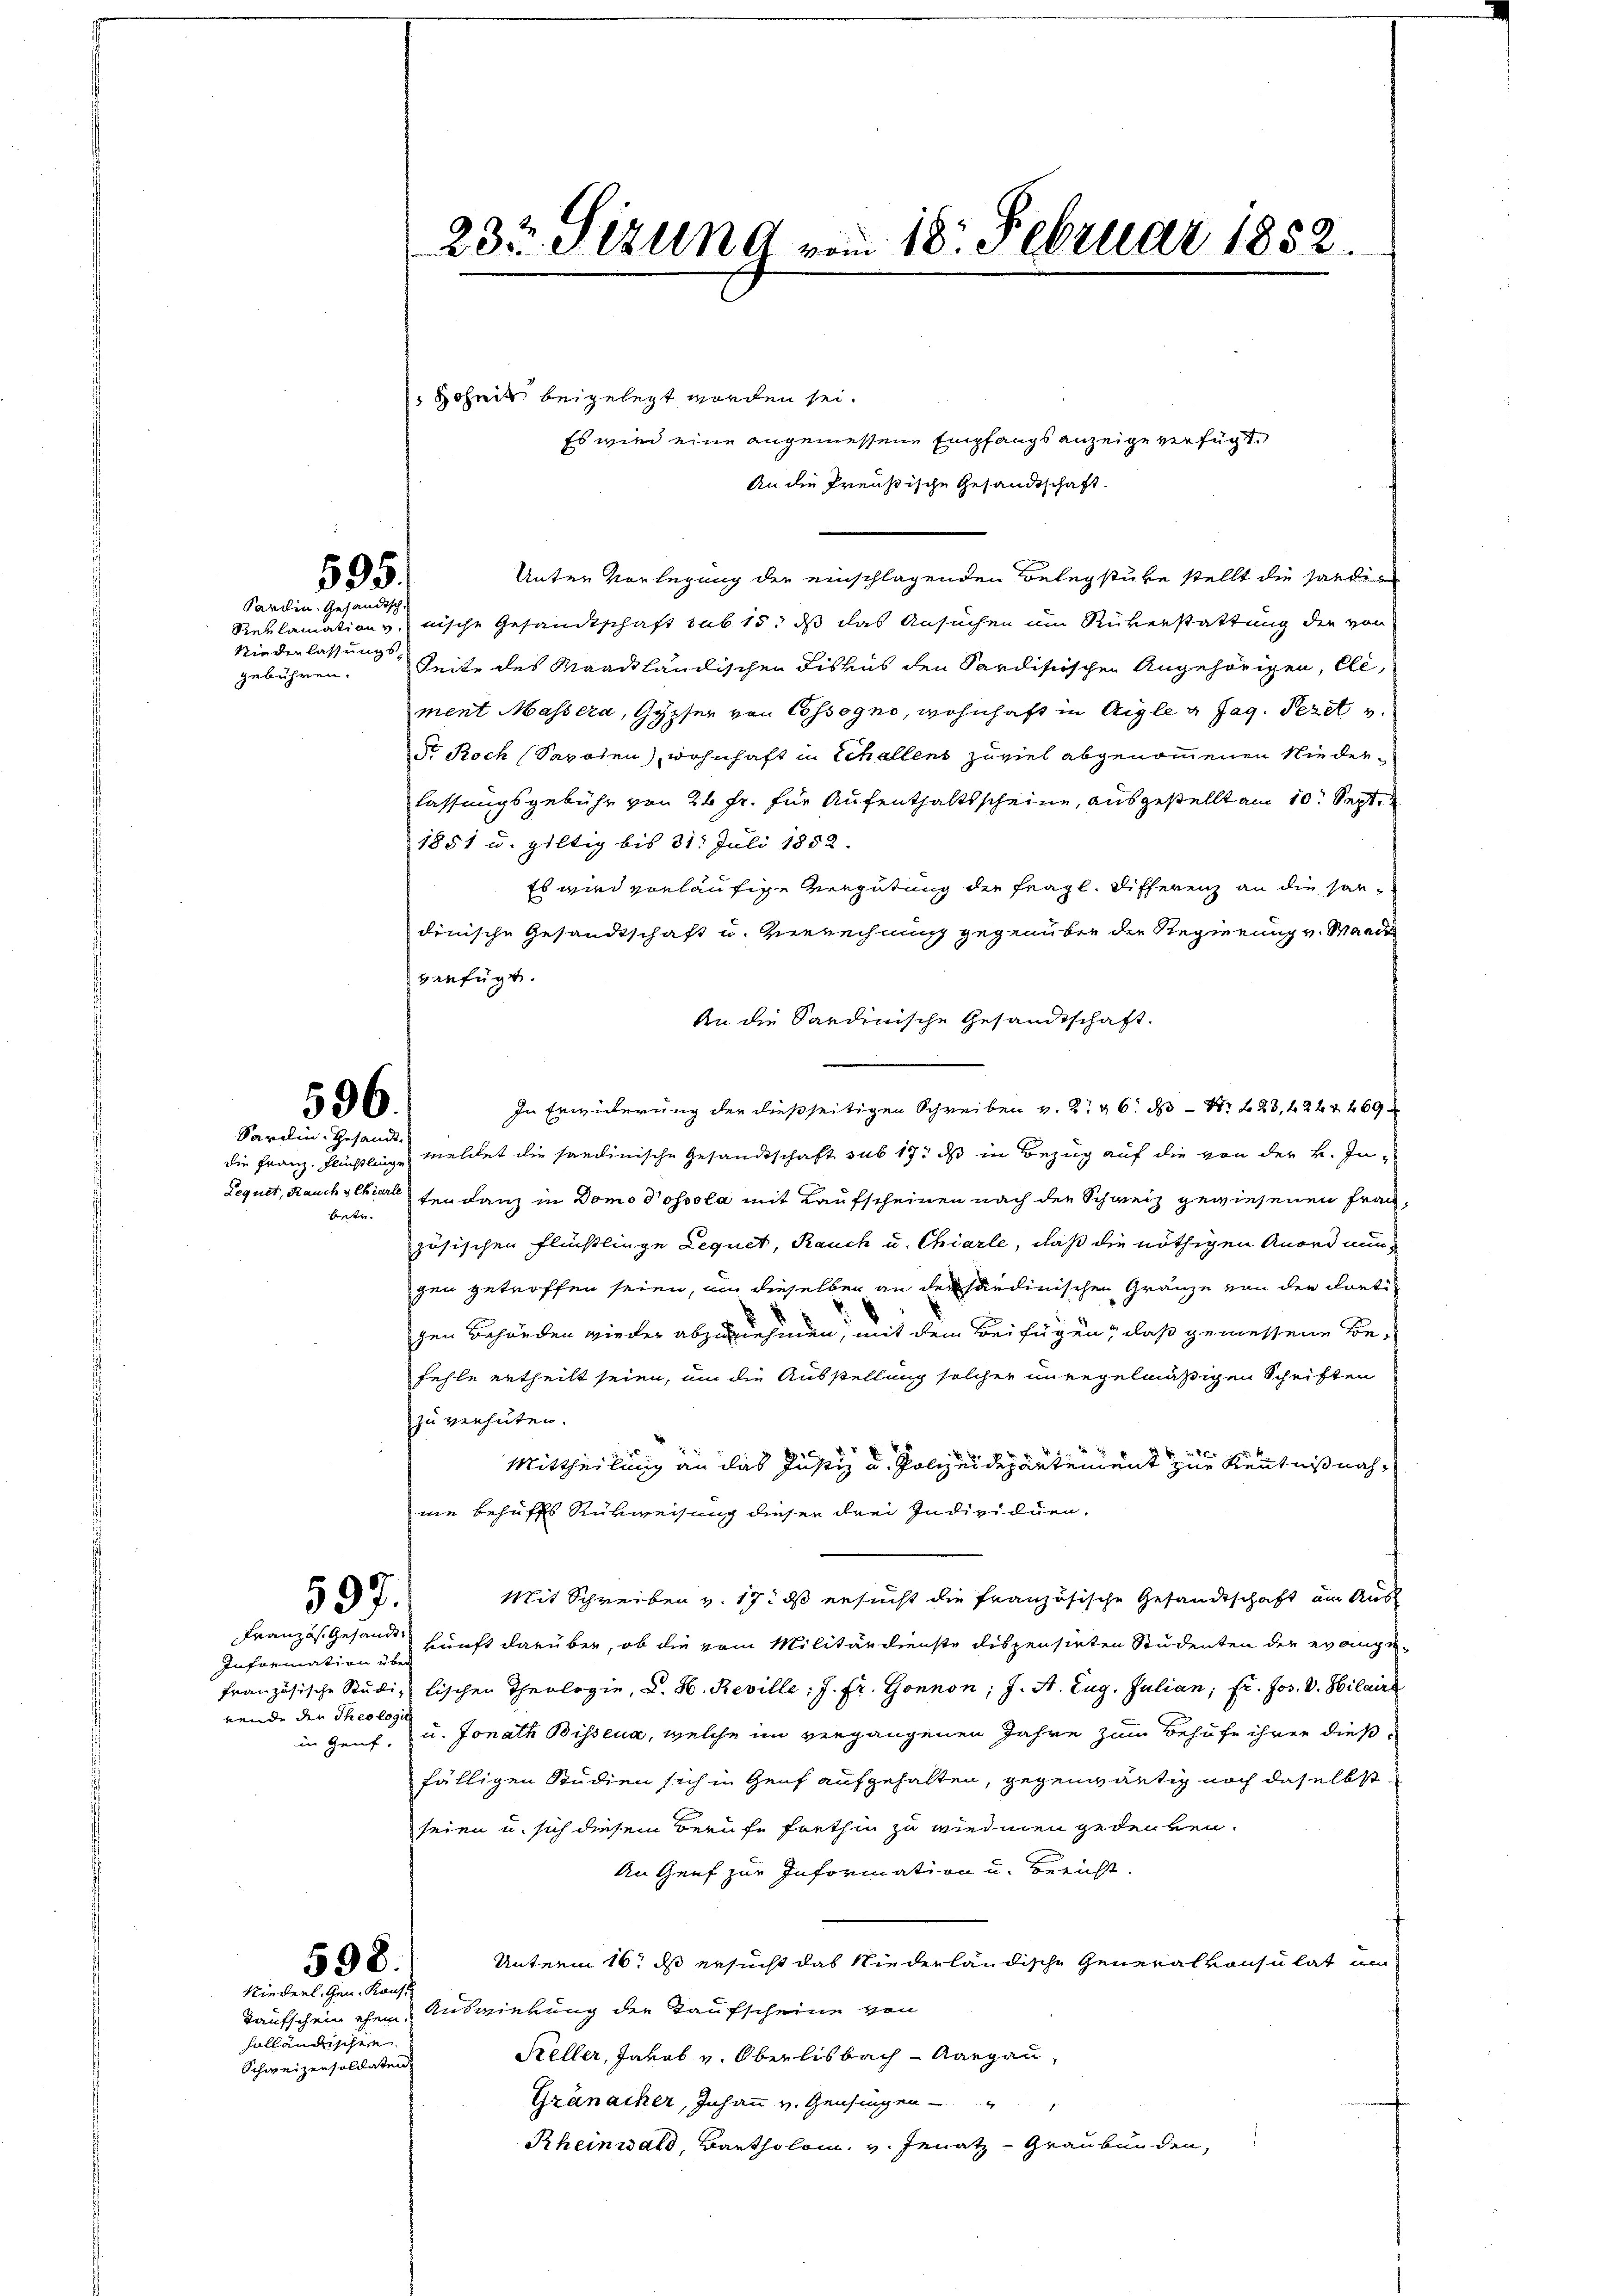
535.
Sardin. Gesändisch

Niederlassungsgebühren.

596.
Sardin. Gesandt.

betr.

597.

Information über
nende der Theologie
in Genf.

598.
Niederl. Gen. Konst

Roheit beigelegt worden sei.
Es wird eine angemessene Empfangs anzeige verfügt,
An die Preußische Gesandtschaft.
Unter Vorlegung der einschlagenden Belegstube stellt die hartig
Reklamation v. nische Gesandtschaft sub 15. dß das Ansuchen um Rükerstattung der von
Seite des Waadtländischen Fiskus den Sardistischen Angehörigen, Ele
ment Massera, Gypfer von Cossogno, wohnhaft in Aigle 4 Tag. Pezet v.
dr Roch (Sapolen), wohnhaft in Schallens zuviel abgenommenen Niederlassungsgebühr von 20 fr. für Aufenthaltsscheine, ausgestellt am 10. Sept.
1851 u. giltig bis 31. Juli 1852.
Es wird vorläufige Vergütung der fragl. Differenz an die sondinische Gesandtschaft u. verrechnung gegenüber die Regierung v. Manit
verfügt.
An die Sardinische Gesandtschaft.
In Erwiderung der dießseitigen Schreiben v. 2. 26. ds N. 223, 244 469 x
die Franz, Flüchtlinge meldet die sandinische Gesandtschaft sub 17. ds in Bezug auf die von der B. In¬
Requit, Rauch schier Fendanz in Domodossola mit Kaufscheinen nach der Schweiz gewiesenen Frauzösischen Flüchtlinge Lequet, Rauch u. Chiarle, daß die nöthigen Anordnungen getroffen seien, um dieselben an der härdinischen Gränze von der dortigen Behörden wieder abzunehmen, mit dem Beifügen, daß gemessene Befehle ertheilt seien, um die Ausstellung solcher unregelmäßigen Schriften
zu verhüten.
Mittheilung an das Justiz u. Polizeidepartement zur Kenntnißnahwie behuffs Rükweisung dieser drei Individuen.
Mit Schreiben v. 17. ds ersucht die französische Gesandtschaft am Aus
Französ. Gesandt kunft darüber, ob die vom Militärdienste dispensirten Studenten der evange-
französische Studizlischen Theologie, C. H. Reville: J. fr. Gönnon; J. St. Zug. Julian; fr. Jos. V. Hilaire
u. Jonath Bissena, welche im vergangenen Jahre zum Behufe ihrer dießfälligen Studien sich in Genf aufgehalten, gegenwärtig noch daselbst
seien u. sich diesem Berufe frethin zu wiedmen gedenken.
An Genf zur Information u. bericht.
Unterm 16t ds ersucht das Niederländische Generalkonsulat am
Taufschein ohne Auswirkung der Kaufscheine von
Keller, Jakob v. Oberlisbach Aargau,
Granacher, Johann v. Gensingen
Rheinwald, Bartholom. v. Jenatz - Graubünden,

holländische
Schweizensoldaten

23t Sitzung vom 18. Februar 1852.